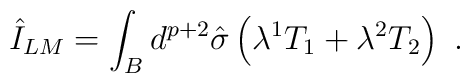
\hat I_{LM} =\int_B d^{p+2}\hat \sigma \left(  \lambda^1 T_1+ \lambda^2 T_2\right)\ .